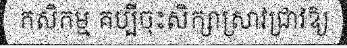
កសិកម្ម គប្បីចុះសិក្សាស្រាវជ្រាវឱ្យ